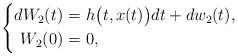
LaTeX: \begin{align*}\left\{\begin{aligned} dW_{2}(t)=&\ h\big(t, x(t)\big)dt+dw_{2}(t), \\ W_{2}(0)=&\ 0, \end{aligned} \right.\end{align*}